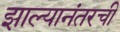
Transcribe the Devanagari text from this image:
झाल्यानंतरची